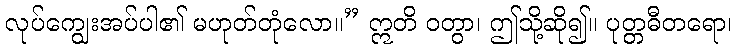
လုပ်ကျွေးအပ်ပါ၏ မဟုတ်တုံလော။” ဣတိ ဝတွာ၊ ဤသို့ဆို၍။ ပုတ္တဓီတရော၊